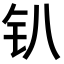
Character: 𫓥